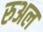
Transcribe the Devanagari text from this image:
रुअल